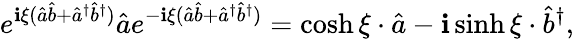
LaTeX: e^{\mathbf{i}\xi(\hat{{a}}\hat{{b}}+\hat{{a}}^{\dagger}\hat{{b}}^{\dagger})}\hat{{a}}e^{-\mathbf{i}\xi(\hat{{a}}\hat{{b}}+\hat{{a}}^{\dagger}\hat{{b}}^{\dagger})}=\cosh\xi\cdot\hat{{a}}-\mathbf{i}\sinh\xi\cdot\hat{{b}}^{\dagger},